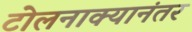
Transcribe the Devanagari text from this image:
टोलनाक्यानंतर